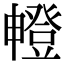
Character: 𤳘